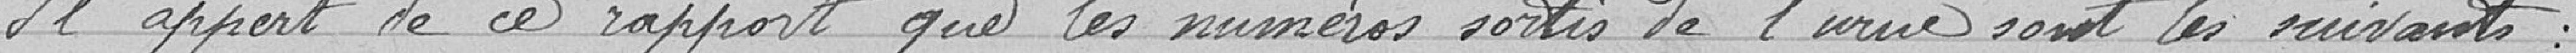
Il appert de ce rapport que les numéros sortis de l'urne sont les suivants :